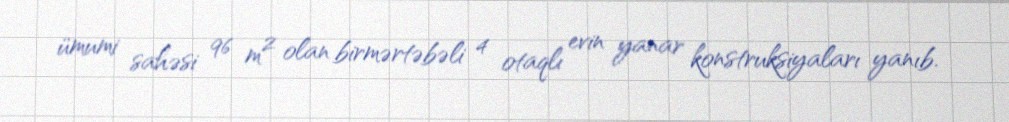
ümumi sahəsi 96 m² olan birmərtəbəli 4 otaqlı evin yanar konstruksiyaları yanıb.